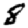
Digit: 8